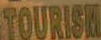
TOURIST